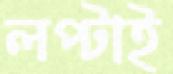
লপ্‌টাই